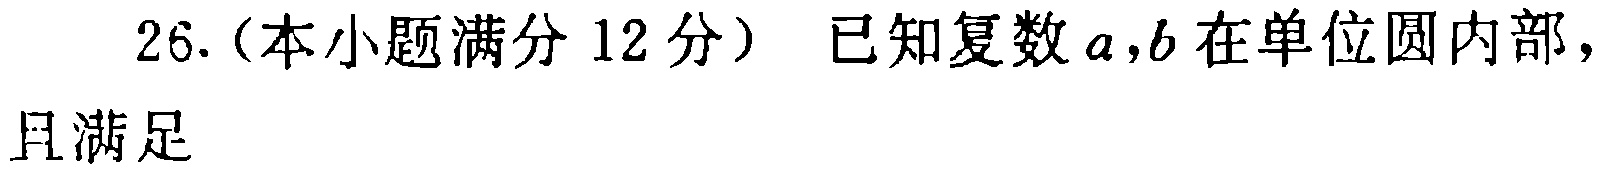
26.（本小题满分 12 分） 已知复数\(a,b\)在单位圆内部，且满足